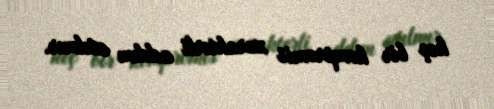
heç bir kompromis xarakterli addım atılmır.